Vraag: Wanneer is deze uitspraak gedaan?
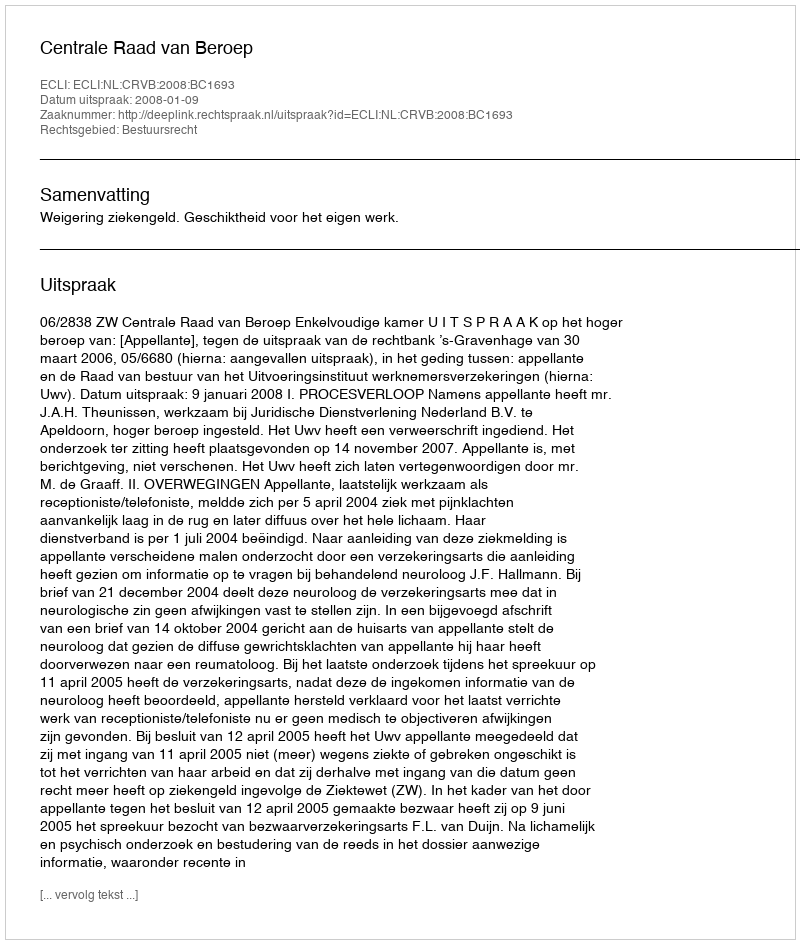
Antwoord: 2008-01-09